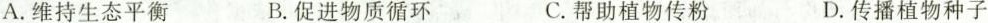
A. 维持生态平衡 B. 促进物质循环 C. 帮助植物传粉 D. 传播植物种子